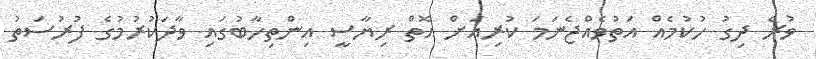
ވުރެ ދިގު ހުކުމެއް އަތުވެއްޖެނަމަ ކުރިއަށް އޮތް ރިޔާސީ އިންތިހާބުގައި ވާދަކުރުމުގެ ފުރުސަތު